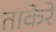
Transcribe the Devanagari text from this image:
ताकेरे